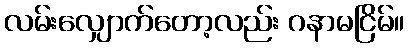
လမ်းလျှောက်တော့လည်း ဂနာမငြိမ်။